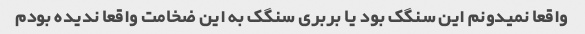
واقعا نمیدونم این سنگک بود یا بربری سنگک به این ضخامت واقعا ندیده بودم